Indian journal of veterinary science and animal husbandry - Volumes 15-17, 1948-1951
Year: 1948
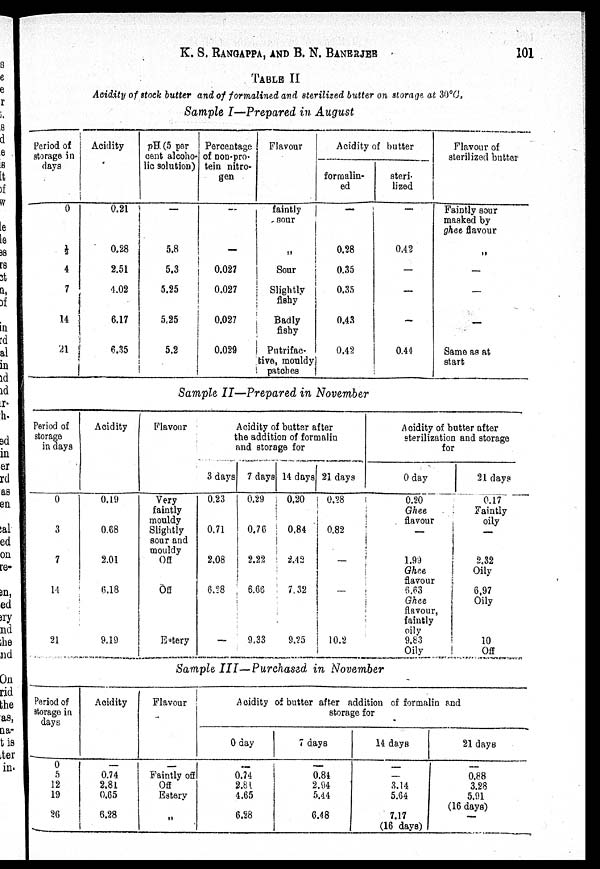
K. S. RANGAPPA, AND B. N.
BANERJEE
101
TABLE II
Acidity of stock butter and of formalined and sterilized butter on storage at 30°C,
Sample I—Prepared in August
Period of
storage in
days
0
½
4
7
14
21
Acidity
0.21
0.28
2.51
4.02
6.17
6.35
pH (5 per
cent alcoho-
lic solution)
—
5.8
5.3
5.25
5.25
5.2
Percentage
of non-pro-
tein nitro-
gen
—
—
0.027
0.027
0.027
0.029
Flavour
faintly
Sour
„
Sour
Slightly
fishy
Badly
fishy
Putrifac.
tive, mouldy
patches
Acidity of butter
formalin-
ed
—
0.28
0.35
0.35
0.43
0.42
steri-
lized
—
0.42
—
—
0.44
Flavour of
sterilized butter
Faintly sour
masked by
ghee flavour
—
—
—
Same as at
start
Sample II—Prepared in November
Period of
storage
in days
0
3
7
14
21
Acidity
0.19
0.68
2.01
6.18
9.19
Flavour
Very
faintly
mouldy
Slightly
sour and
mouldy
Off
Off
Eatery
Acidity of butter after
the addition of formalin
and storage for
3 days
0.23
0.71
2.08
6.28
—
7 days
0.29
0.76
2.22
6.66
9,33
14 days
0.20
0.84
2.12
7.32
9.25
21 days
0.28
0.82
—
—
10.2
Acidity of butter after
sterilization and storage
0 day
0.20
Ghee
flavour
—
1.99
Ghee
flavour
6.63
Ghee
flavour,
faintly
oily 9.83
Oily
21 days
0.17
Faintly
oily
—
2.32
Oily
6.97
Oily
10
Off
Sample III—Purchased in November
Period of
storage in
days
0
5
12
19
26
Acidity
—
0.74
2.81
0.65
6.28
Flavour
—
Faintly off
Off
Eatery
„
Aridity of butter after addition of formalin and
0 day
—
0.74
2.81
4.65
6.28
7 days
—
0.84
2.94
5.44
6.48
14 days
—
—
3.14
5.64
7.17
(16 days)
21 days
—
0.88
3.28
5.91
(16 days)
—